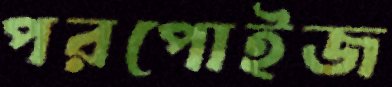
পরপোইজ